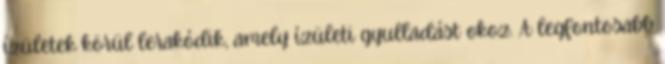
ízületek körül lerakódik, amely ízületi gyulladást okoz. A legfontosabb